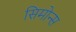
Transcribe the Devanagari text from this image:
सिमोन्स